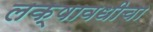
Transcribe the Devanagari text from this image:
लक्षावधीचा